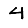
Digit: 4